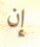
إن